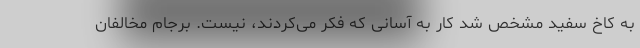
به کاخ سفید مشخص شد کار به آسانی که فکر می‌کردند، نیست. برجام مخالفان